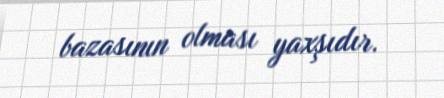
bazasının olması yaxşıdır.